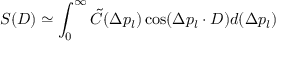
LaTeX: S ( D ) \simeq \int _ { 0 } ^ { \infty } \tilde { C } ( \Delta p _ { l } ) \cos ( \Delta p _ { l } \cdot D ) d ( \Delta p _ { l } )